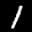
Label: 1